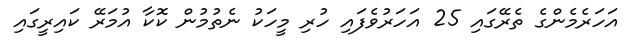
އަހަރެމެންގެ ތެރޭގައި 25 އަހަރުވެފައި ހުރި މީހަކު ނެތުމުން ކޮކާ އުމަރޭ ކައިރީގައި